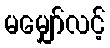
မမျှော်လင့်